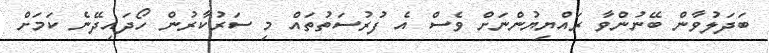
ބަދަލުވާން ބޭނުންވާ ރައްޔިޔުންނަށް ވެސް އެ ފުރުސަތުތައް މި ސަރުކާރުން ހޯދައިދޭނެ ކަމަށް